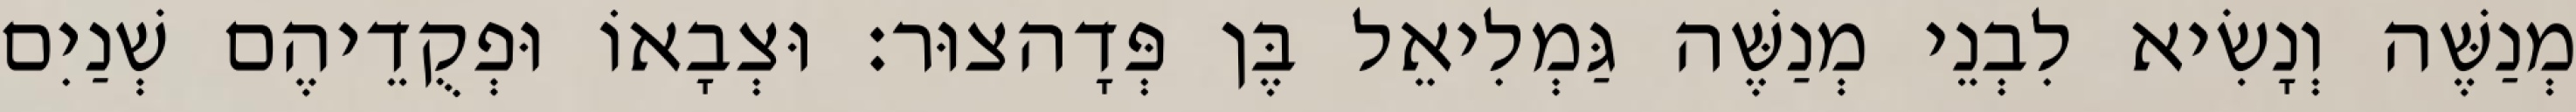
מְנַשֶּׁה וְנָשִׂיא לִבְנֵי מְנַשֶּׁה גַּמְלִיאֵל בֶּן פְּדָהצוּר׃ וּצְבָאוֹ וּפְקֻדֵיהֶם שְׁנַיִם